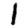
Digit: 1